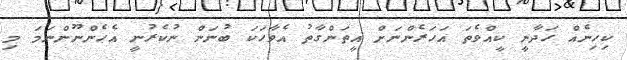
ކިހިނެއް ހަދާނީ ކީއްވެތަ އަހަރެންނަށް އީތަންގާތު އެވާހަކަ ބުނަން ނުކެރުނީ އެހެންނޫންނަމަ މި